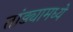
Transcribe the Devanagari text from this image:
तांड्यामध्ये